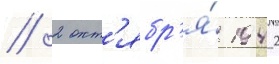
// 2 окт'ябр'я́ 1942